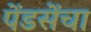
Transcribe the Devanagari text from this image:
पेंडसेंचा